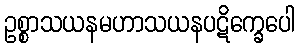
ဥစ္စာသယနမဟာသယနပဋိက္ခေပေါ